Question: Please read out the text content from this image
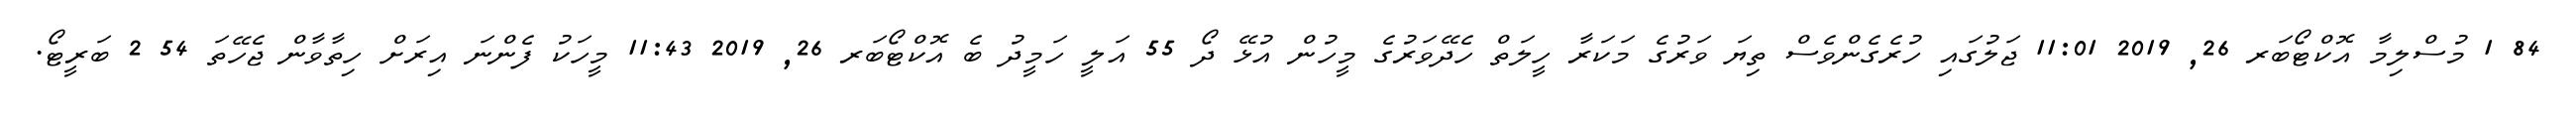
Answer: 84 1 މުސްލިމާ އޮކްޓޯބަރ 26, 2019 11:01 ޖަލުގައި ހުރެގެންވެސް ތިޔަ ވަރުގެ މަކަރާ ހީލަތް ހެދޭވަރުގެ މީހުން އުޅޭ ދޯ 55 އަލީ ހަމީދު ބެ އޮކްޓޯބަރ 26, 2019 11:43 މީހަކު ފެންނަ އިރަށް ހިތާވާން ޖެހޭތަ 54 2 ބަރީޓޯ.